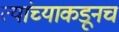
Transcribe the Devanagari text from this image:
त्‍यांच्याकडूनच